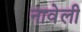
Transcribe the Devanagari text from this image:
नावेली